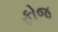
ફોજ